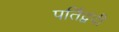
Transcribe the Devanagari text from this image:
पर्तिद्वंदी